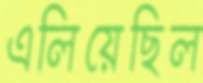
এলিয়েছিল